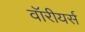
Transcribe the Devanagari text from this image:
वॉरीयर्स